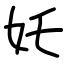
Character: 奼